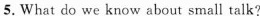
5.What do we knew about small talk?